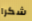
شكرا